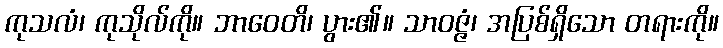
ကုသလံ၊ ကုသိုလ်ကို။ ဘာဝေတိ၊ ပွား၏။ သာဝဇ္ဇံ၊ အပြစ်ရှိသော တရားကို။